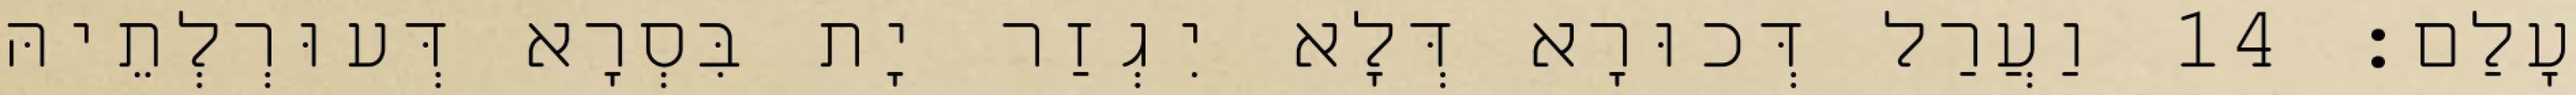
עָלַם׃ 14 וַעֲרַל דְּכוּרָא דְּלָא יִגְזַר יָת בִּסְרָא דְּעוּרְלְתֵיהּ